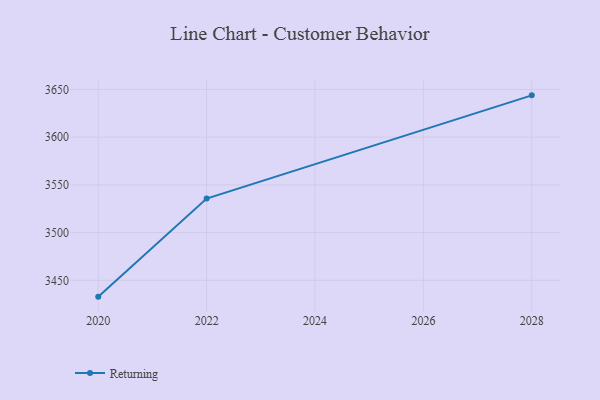
{"axis": {"x": "Year", "y": "Budget (USD K)"}, "legend": ["Returning"], "data": [{"x": "2028", "y": 3643.8, "type": "Returning"}, {"x": "2022", "y": 3535.6, "type": "Returning"}, {"x": "2020", "y": 3432.9, "type": "Returning"}]}